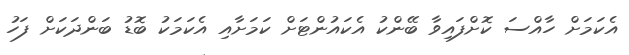
އެކަމަށް ހާއްސަ ކޮށްފައިވާ ބޭންކު އެކައުންޓަށް ކަމަށާއި އެކަމަކު ބޮޑު ބަންދަކަށް ފަހު